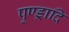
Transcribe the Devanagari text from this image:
पुण्ड्रादि